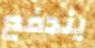
يندفع